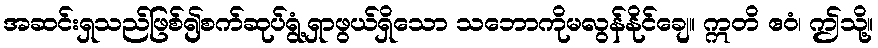
အဆင်းရှသည်ဖြစ်၍စက်ဆုပ်ရွံ့ရှာဖွယ်ရှိသော သဘောကိုမလွန်နိုင်ချေ။ ဣတိ ဧဝံ၊ ဤသို့။